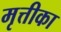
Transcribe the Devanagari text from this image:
मृत्तीका